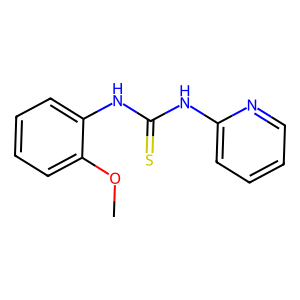
SMILES: COc1ccccc1NC(=S)Nc1ccccn1
Inhibits HIV replication: No